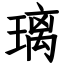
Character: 璃